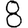
Digit: 8